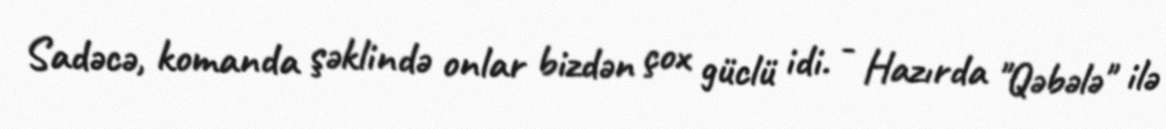
Sadəcə, komanda şəklində onlar bizdən çox güclü idi. - Hazırda "Qəbələ" ilə